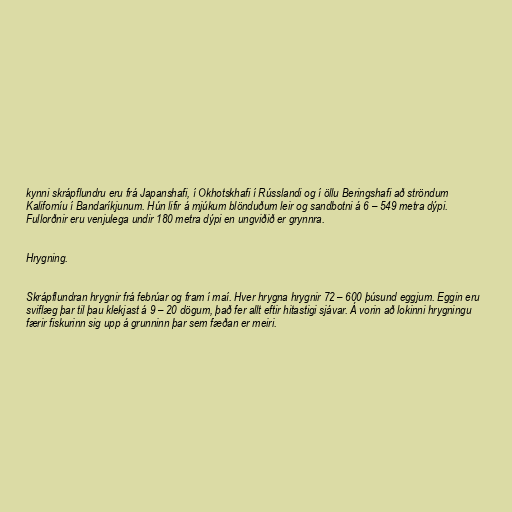
kynni skrápflundru eru frá Japanshafi, í Okhotskhafi í Rússlandi og í öllu Beringshafi að ströndum
Kaliforníu í Bandaríkjunum. Hún lifir á mjúkum blönduðum leir og sandbotni á 6 – 549 metra dýpi.
Fullorðnir eru venjulega undir 180 metra dýpi en ungviðið er grynnra.

Hrygning.

Skrápflundran hrygnir frá febrúar og fram í maí. Hver hrygna hrygnir 72 – 600 þúsund eggjum. Eggin eru
sviflæg þar til þau klekjast á 9 – 20 dögum, það fer allt eftir hitastigi sjávar. Á vorin að lokinni hrygningu
færir fiskurinn sig upp á grunninn þar sem fæðan er meiri.